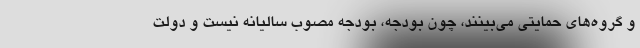
و گروه‌های حمایتی می‌بینند، چون بودجه، بودجه مصوب سالیانه نیست و دولت